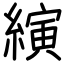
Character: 縯